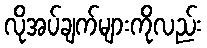
လိုအပ်ချက်များကိုလည်း